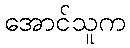
အောင်သူက